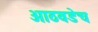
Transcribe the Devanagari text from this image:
आठवडेच